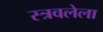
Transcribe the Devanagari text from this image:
स्त्रवलेला